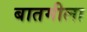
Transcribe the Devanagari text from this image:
बातमीला